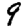
Digit: 9